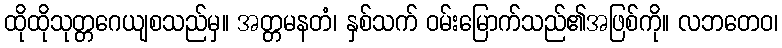
ထိုထိုသုတ္တဂေယျစသည်မှ။ အတ္တမနတံ၊ နှစ်သက် ဝမ်းမြောက်သည်၏အဖြစ်ကို။ လဘတေဝ၊